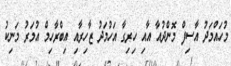
މުހައްމަދު އާސިފް މޮންދުއާ އާއި ހިރިގާ އަހުމަދު ޒާހިރާއި އިބްރާހިމް އުމަރު މަނިކު